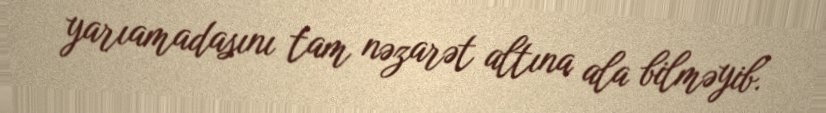
yarıamadasını tam nəzarət altına ala bilməyib.